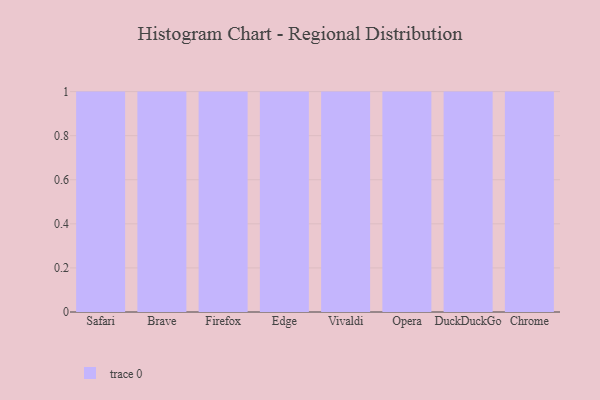
{"axis": {"x": "Browser", "y": "Shipments"}, "legend": [""], "data": [{"x": "Safari", "y": 100, "type": ""}, {"x": "Brave", "y": 66, "type": ""}, {"x": "Firefox", "y": 57, "type": ""}, {"x": "Edge", "y": 42, "type": ""}, {"x": "Vivaldi", "y": 68, "type": ""}, {"x": "Opera", "y": 88, "type": ""}, {"x": "DuckDuckGo", "y": 88, "type": ""}, {"x": "Chrome", "y": 58, "type": ""}]}